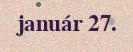
január 27.